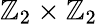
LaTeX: \mathbb{Z}_{2}\times\mathbb{Z}_{2}